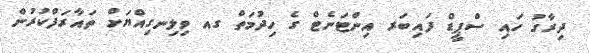
ދިރާގު ހައި ސްޕީޑް ފައިބަރ އިންޓަނެޓް ގެ ހިދުމަތް ގއ ވިލިނގިއްޔަށް ތައާރަފްކުރުން